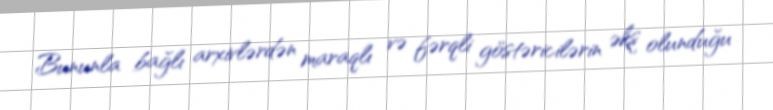
Bununla bağlı arxivlərdən maraqlı və fərqli göstəricilərin əks olunduğu